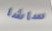
ساشا